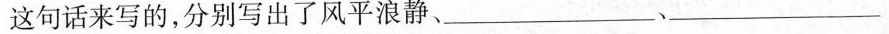
这句话来写的，分别写出了风平浪静、___ 、___